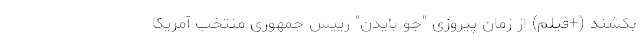
بکُشند (+فیلم) از زمان پیروزی "جو بایدن" رییس جمهوری منتخب آمریکا